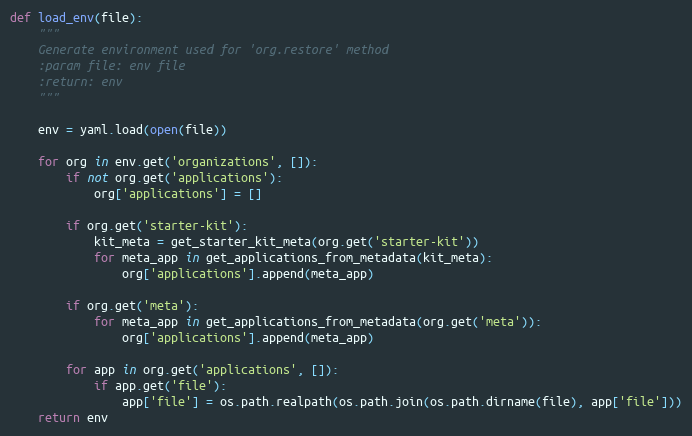
Language: Python
def load_env(file):
    """
    Generate environment used for 'org.restore' method
    :param file: env file
    :return: env
    """

    env = yaml.load(open(file))

    for org in env.get('organizations', []):
        if not org.get('applications'):
            org['applications'] = []

        if org.get('starter-kit'):
            kit_meta = get_starter_kit_meta(org.get('starter-kit'))
            for meta_app in get_applications_from_metadata(kit_meta):
                org['applications'].append(meta_app)

        if org.get('meta'):
            for meta_app in get_applications_from_metadata(org.get('meta')):
                org['applications'].append(meta_app)

        for app in org.get('applications', []):
            if app.get('file'):
                app['file'] = os.path.realpath(os.path.join(os.path.dirname(file), app['file']))
    return env